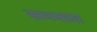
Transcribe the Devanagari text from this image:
समन्तात